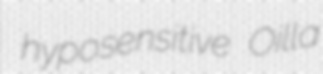
hyposensitive Oilla